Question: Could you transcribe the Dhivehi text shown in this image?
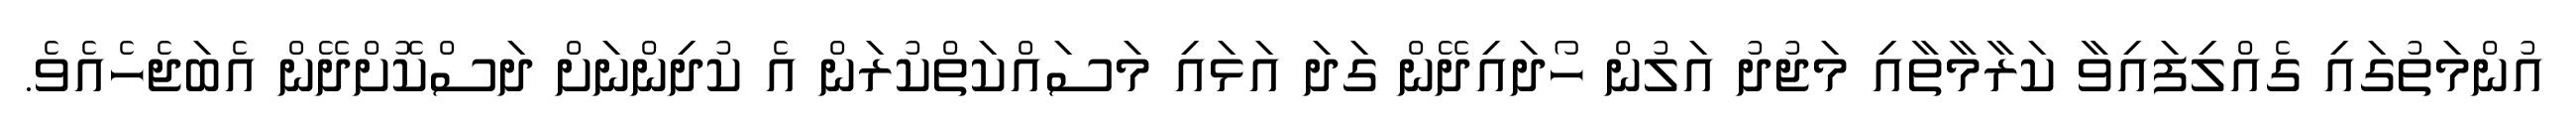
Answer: އުންމަތުގައި ގެއްލިފައިވާ ކަރާމާތާއި މަޖުދު އަލުން ހޯދައިދޭން ގަދަ އަޅައި މަސައްކަތްކުރަން އެ ކުދިންނަށް ދަސްކޮށްދޭން އެބަޖެހެއެވެ.